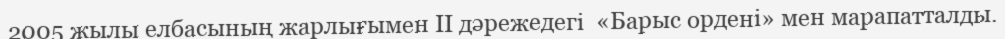
2005 жылы елбасының жарлығымен ІІ дәрежедегі  «Барыс ордені» мен марапатталды.